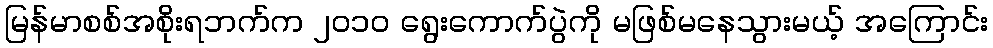
မြန်မာစစ်အစိုးရဘက်က ၂၀၁၀ ရွေးကောက်ပွဲကို မဖြစ်မနေသွားမယ့် အကြောင်း